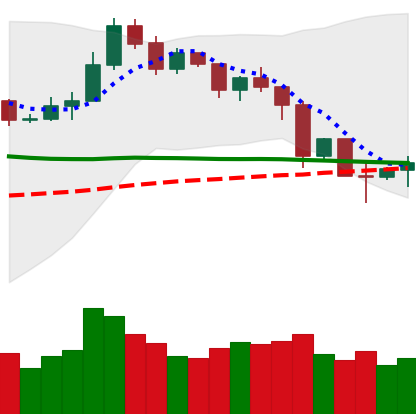
Ticker: NEO-USD
Chart end date: 2019-11-27
Forward return: -5.494%
Label: down_5_7